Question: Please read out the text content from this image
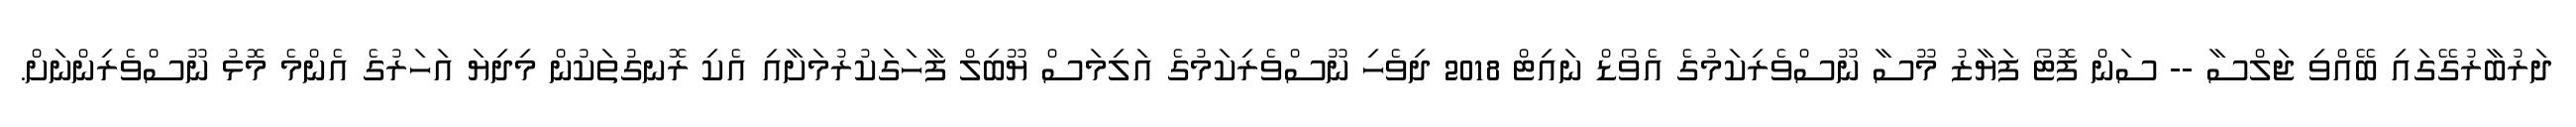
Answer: ދަރުބާރުގޭގައި ބޭއްވި ޖަލްސާ -- ސަން ފޮޓޯ ފަޔާޒު މޫސާ ނޫސްވެރިކަމުގެ އެވޯޑް ނައިޓް 2018 ދިވެހި ނޫސްވެރިކަމުގެ އަލިމަސް ޔޫބިލް ފާހަގަކުރުމަށާއި އެކި ރޮނގުތަކުން މިދިޔަ އަހަރުގެ އެންމެ މޮޅު ނޫސްވެރިންނަށް.